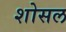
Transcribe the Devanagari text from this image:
शोसल